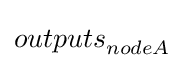
{outputs}_{nodeA}